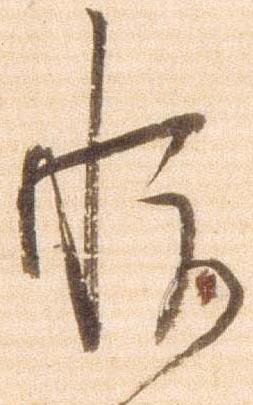
悦